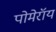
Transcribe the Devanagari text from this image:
पोमेरॉय